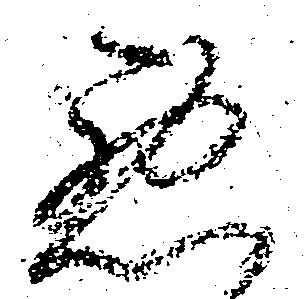
悪